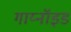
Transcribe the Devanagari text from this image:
गाय्नॉइड